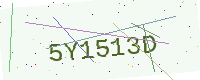
Text: 5Y1513D